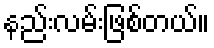
နည်းလမ်းဖြစ်တယ်။